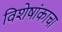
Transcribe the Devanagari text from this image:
विशेषांकाचा